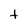
Character: t